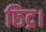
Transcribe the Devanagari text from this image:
छिद्र।